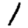
Digit: 1